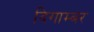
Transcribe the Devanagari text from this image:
दिगाम्बर